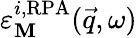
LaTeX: \varepsilon_{\mathbf{M}}^{i,\mathrm{{RPA}}}(\vec{{q}},\omega)